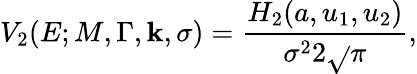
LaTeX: V_{2}(E;M,\Gamma,\mathbf{k},\sigma)={\frac{{H_{2}(a,u_{1},u_{2})}}{{\sigma^{2}2{\sqrt{}{{\pi}}}}}},